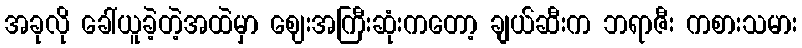
အခုလို ခေါ်ယူခဲ့တဲ့အထဲမှာ ဈေးအကြီးဆုံးကတော့ ချယ်ဆီးက ဘရာဇီး ကစားသမား